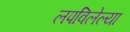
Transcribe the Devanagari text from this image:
लपविलेल्या